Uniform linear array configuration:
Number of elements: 4
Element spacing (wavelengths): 0.5
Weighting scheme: hann
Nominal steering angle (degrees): -30
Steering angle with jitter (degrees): -29.138
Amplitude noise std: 0.05
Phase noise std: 0.05

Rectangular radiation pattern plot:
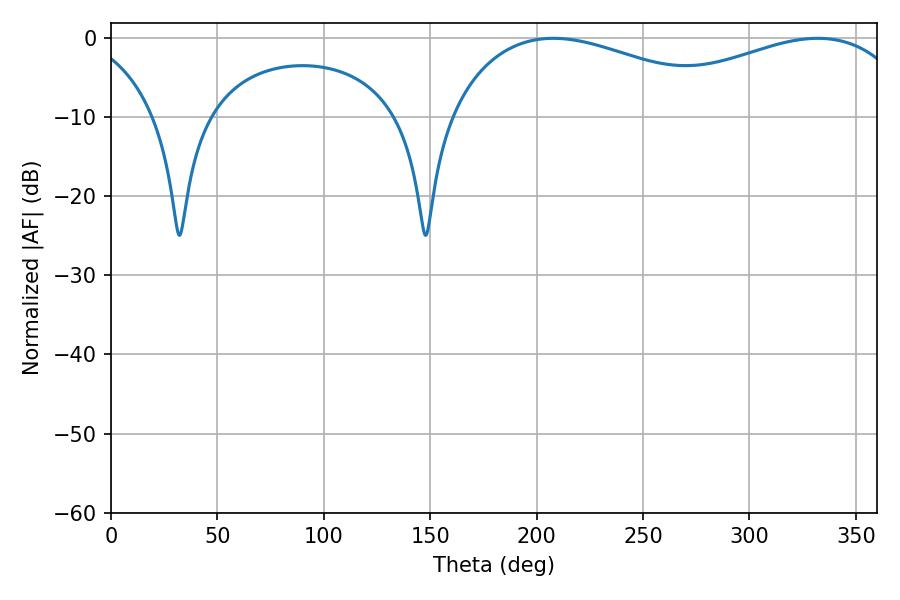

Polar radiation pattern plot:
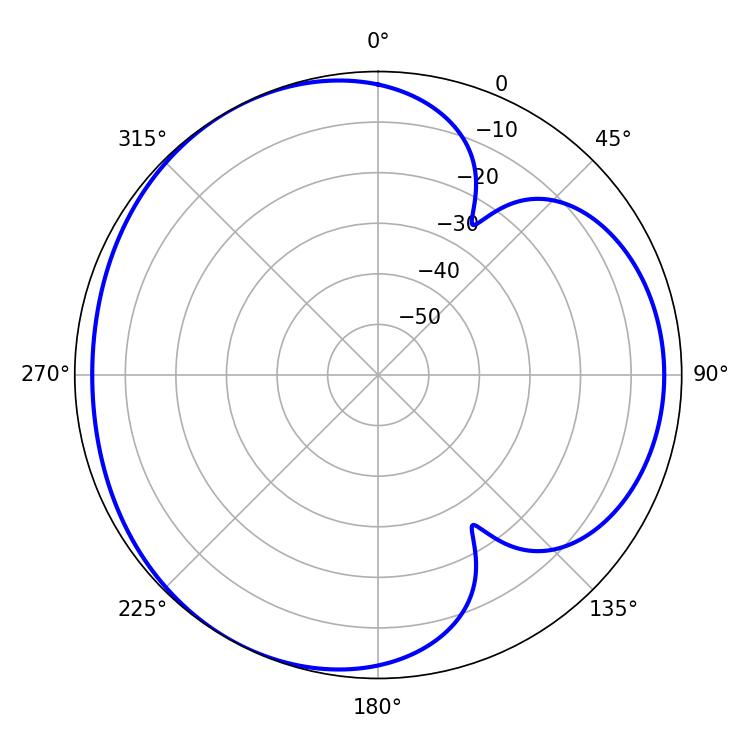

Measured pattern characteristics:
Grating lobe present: FALSE
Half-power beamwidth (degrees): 75.6
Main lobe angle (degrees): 332.1